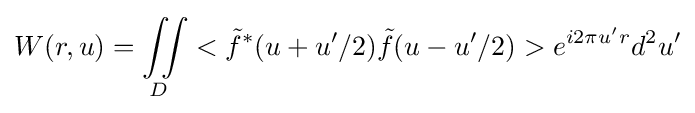
W(r,u)=\iint \limits _{D}<{\tilde {f}}^{*}(u+u'/2){\tilde {f}}(u-u'/2)>e^{i2\pi u'r}d^{2}u'